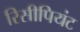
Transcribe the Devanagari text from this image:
रिसीपियंट